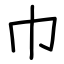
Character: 巾